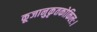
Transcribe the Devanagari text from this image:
कूजानुकृतकोकिलः।